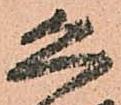
恐